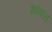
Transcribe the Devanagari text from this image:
शांक्स